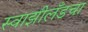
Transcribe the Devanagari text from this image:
स्वाझीलँडचा